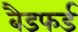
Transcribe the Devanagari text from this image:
बैडफर्ड